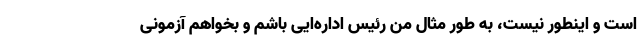
است و اینطور نیست، به طور مثال من رئیس اداره‌ایی باشم و بخواهم آزمونی